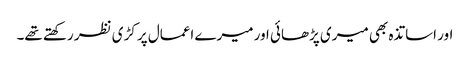
اور اساتذہ بھی میری پڑھائی اور میرے اعمال پر کڑی نظر رکھتے تھے۔